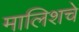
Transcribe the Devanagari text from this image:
मालिशचे